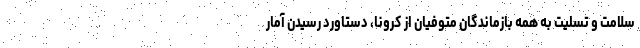
سلامت و تسلیت به همه بازماندگان متوفیان از کرونا، دستاورد رسیدن آمار